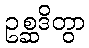
ဥစ္ဆဒိတွာ